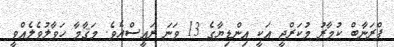
ޕްރަނާބް ކުމާރު މުކަރްޖީ އަކީ އިންޑިޔާގެ 13 ވަނަ ރައީސްއެވެ. މަޤާމާ ހަވާލުވެލެއްވީ